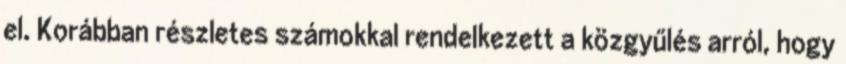
el. Korábban részletes számokkal rendelkezett a közgyűlés arról, hogy